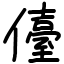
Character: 儓